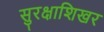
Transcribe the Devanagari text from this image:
सुरक्षाशिखर